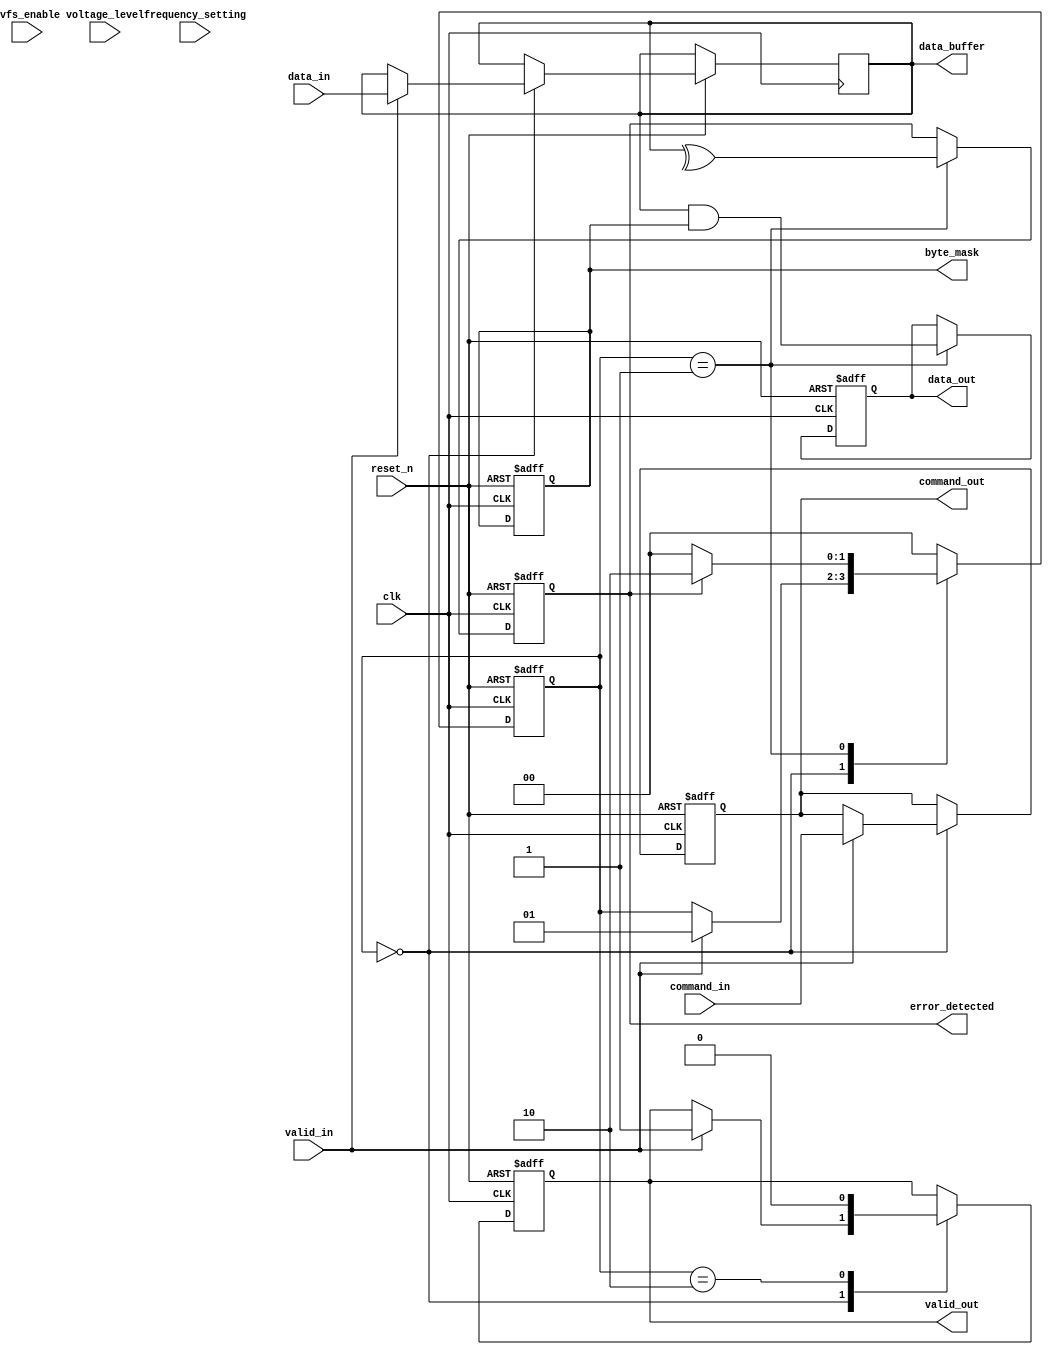
module gddr_io_block (
    input wire clk,                     // System clock
    input wire reset_n,                 // Active-low reset
    input wire [63:0] data_in,          // Input data bus (64 bits)
    input wire [7:0] command_in,        // Command bus (8 bits)
    input wire valid_in,                 // Input valid signal
    output reg [63:0] data_out,         // Output data bus (64 bits)
    output reg valid_out,                // Output valid signal
    output reg [7:0] command_out,       // Output command bus (8 bits)
    output reg [63:0] byte_mask,        // Byte mask for selective enabling
    output reg error_detected,           // Error detection signal
    output reg [63:0] data_buffer,      // Internal data buffer
    input wire dvfs_enable,              // Dynamic voltage and frequency scaling enable
    input wire [2:0] voltage_level,      // Voltage level configuration
    input wire [2:0] frequency_setting    // Frequency setting for DVFS
);

// Internal signals for differential signaling
wire [63:0] differential_data_pos;
wire [63:0] differential_data_neg;

// State parameters for operational modes
parameter IDLE = 2'b00, ACTIVE = 2'b01, ERROR = 2'b10;
reg [1:0] state;

// Initialization and reset logic
always @(posedge clk or negedge reset_n) begin
    if (!reset_n) begin
        state <= IDLE;
        data_out <= 64'b0;
        valid_out <= 1'b0;
        command_out <= 8'b0;
        byte_mask <= 64'hFFFFFFFFFFFFFFFF; // All bytes enabled
        error_detected <= 1'b0;
    end else begin
        case (state)
            IDLE: begin
                if (valid_in) begin
                    // Load data and command
                    data_buffer <= data_in;
                    command_out <= command_in;
                    valid_out <= 1'b1;
                    state <= ACTIVE;
                end
            end
            
            ACTIVE: begin
                // Transfer data
                data_out <= data_buffer & byte_mask; // Apply byte mask
                // Simulate error detection (simple even parity check)
                error_detected <= ^data_buffer;
                if (error_detected) begin
                    state <= ERROR; // Move to ERROR state
                end else begin
                    state <= IDLE; // Go back to IDLE
                end
            end
            
            ERROR: begin
                // Handle error (reset or halt operations)
                valid_out <= 1'b0; // No valid output in error state
                // Add further error handling logic
                state <= IDLE; // Reset to IDLE
            end
            
            default: state <= IDLE;
        endcase
    end
end

// Differential Signaling Implementation (Placeholder)
assign differential_data_pos = data_buffer[63:32]; // Upper half for positive
assign differential_data_neg = data_buffer[31:0];  // Lower half for negative

// Additional logic for DVFS
always @(posedge clk) begin
    if (dvfs_enable) begin
        // Adjust voltage and frequency accordingly (placeholder)
        // Implement actual DVFS adjustments as needed
    end
end

endmodule